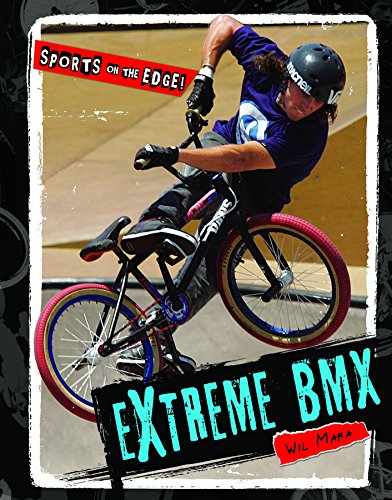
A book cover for Extreme BMX (Sports on the Edge!); Wil Mara; Teen & Young Adult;